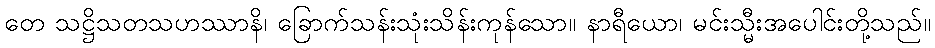
တေ သဋ္ဌိသတသဟဿာနိ၊ ခြောက်သန်းသုံးသိန်းကုန်သော။ နာရီယော၊ မင်းသ္မီးအပေါင်းတို့သည်။